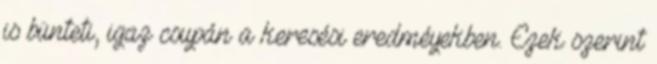
is bünteti, igaz csupán a keresési eredméyekben. Ezek szerint